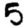
Digit: 5